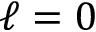
\ell = 0